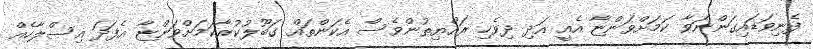
ފެނިވަޑައިގަންނަވާ ކަމަށްވަންޏާ އެއީ އަދި ދިވެހި ރައްޔިތުންވެސް އެކަންތައް ގަބޫލުކުރާކަމަށްވަންޏާ އެފަދަ އިސްލާހެއް